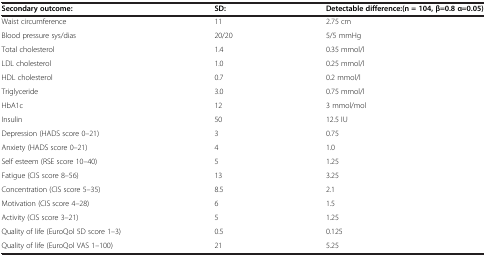
| Secondary outcome: | SD: | Detectable difference:(n = 104, β=0.8 α=0.05) |
 | --- | --- | --- |
 | Waist circumference | 11 | 2.75 cm |
 | Blood pressure sys/dias | 20/20 | 5/5 mmHg |
 | Total cholesterol | 1.4 | 0.35 mmol/l |
 | LDL cholesterol | 1.0 | 0.25 mmol/l |
 | HDL cholesterol | 0.7 | 0.2 mmol/l |
 | Triglyceride | 3.0 | 0.75 mmol/l |
 | HbA1c | 12 | 3 mmol/mol |
 | Insulin | 50 | 12.5 IU |
 | Depression (HADS score 0–21) | 3 | 0.75 |
 | Anxiety (HADS score 0–21) | 4 | 1.0 |
 | Self esteem (RSE score 10–40) | 5 | 1.25 |
 | Fatigue (CIS score 8–56) | 13 | 3.25 |
 | Concentration (CIS score 5–35) | 8.5 | 2.1 |
 | Motivation (CIS score 4–28) | 6 | 1.5 |
 | Activity (CIS score 3–21) | 5 | 1.25 |
 | Quality of life (EuroQol 5D score 1–3) | 0.5 | 0.125 |
 | Quality of life (EuroQol VAS 1–100) | 21 | 5.25 |